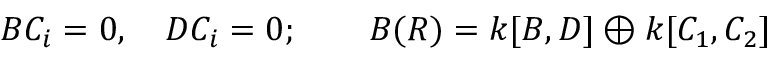
B C _ { i } = 0 , \quad D C _ { i } = 0 ; \qquad B ( R ) = k [ B , D ] \oplus k [ C _ { 1 } , C _ { 2 } ]